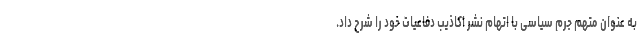
به عنوان متهم جرم سیاسی با اتهام نشر اکاذیب دفاعیات خود را شرح داد.